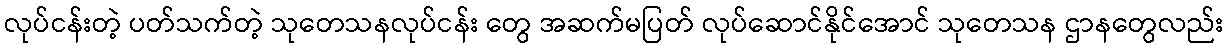
လုပ်ငန်းတဲ့ ပတ်သက်တဲ့ သုတေသနလုပ်ငန်း တွေ အဆက်မပြတ် လုပ်ဆောင်နိုင်အောင် သုတေသန ဌာနတွေလည်း